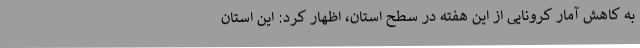
به کاهش آمار کرونایی از این هفته در سطح استان، اظهار کرد: این استان